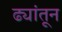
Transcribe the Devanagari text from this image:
ढ्यांतून